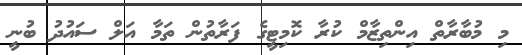
މި މުބާރާތް އިންތިޒާމް ކުރާ ކޮމިޓީގެ ފަރާތުން ތަމާ އަލް ސައުދު ބުނީ